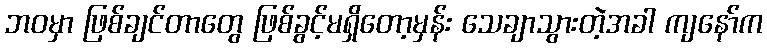
ဘဝမှာ ဖြစ်ချင်တာတွေ ဖြစ်ခွင့်မရှိတော့မှန်း သေချာသွားတဲ့အခါ ကျနော်က